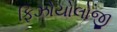
ફિઝોયોલોજી